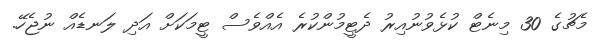
މެޗުގެ 30 މިނެޓް ކުޅެވުނުއިރު ދެޓީމުންކުރެ އެއްވެސް ޓީމަކަށް އަދި ލަނޑެއް ނުޖެހޭ.